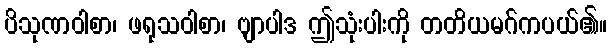
ပိသုဏဝါစာ၊ ဖရုသဝါစာ၊ ဗျာပါဒ ဤသုံးပါးကို တတိယမဂ်ကပယ်၏။